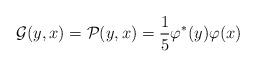
LaTeX: \begin{align*}\mathcal G (y,x) = \mathcal P(y,x) = \frac{1}{5} \varphi^*(y) \varphi(x) \end{align*}